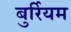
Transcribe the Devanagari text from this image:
बुर्रियम